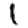
Digit: 1